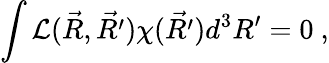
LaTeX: \int{\cal L}(\vec{R},\vec{R^{\prime}})\chi(\vec{R^{\prime}})d^{3}R^{\prime}=0\ ,